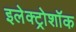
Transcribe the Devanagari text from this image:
इलेक्ट्रोशॉक